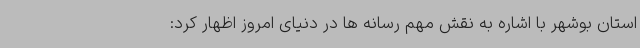
استان بوشهر با اشاره به نقش مهم رسانه ها در دنیای امروز اظهار کرد: